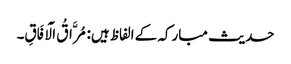
حدیث مبارکہ کے الفاظ ہیں: مُرَّاقُ الْآفَاقِ۔